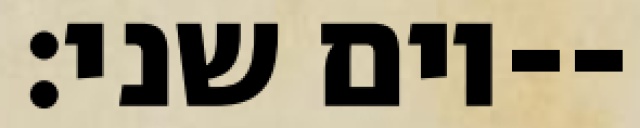
יום שני׃--